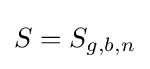
S=S_{g,b,n}